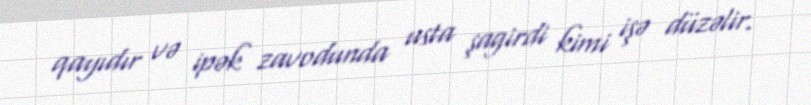
qayıdır və ipək zavodunda usta şagirdi kimi işə düzəlir.